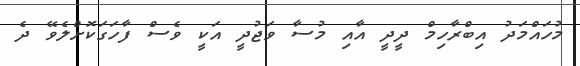
މުހައްމަދު އިބްރާހިމް ދީދީ އާއި މުސާ ވަޖުދީ އަކީ ވެސް ފާހަގަކޮށްލެވޭ ދެ